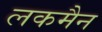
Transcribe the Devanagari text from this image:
लकमैन